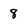
Character: 8